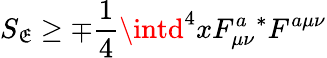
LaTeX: S_{\mathfrak{E}}\geq\mp\frac{{1}}{{4}}\intd^{4}xF_{\mu\nu}^{a}{}^{*}F^{a\mu\nu}